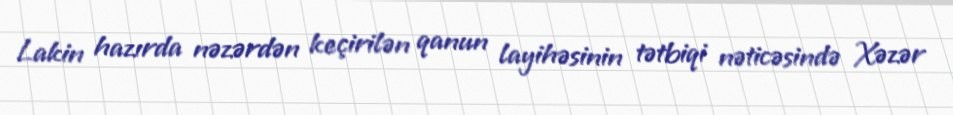
Lakin hazırda nəzərdən keçirilən qanun layihəsinin tətbiqi nəticəsində Xəzər